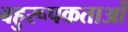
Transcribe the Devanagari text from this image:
बहुरूपकताओं